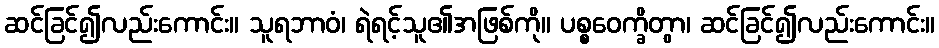
ဆင်ခြင်၍လည်းကောင်း။ သူရဘာဝံ၊ ရဲရင့်သူ၏အဖြစ်ကို။ ပစ္စဝေက္ခိတွာ၊ ဆင်ခြင်၍လည်းကောင်း။